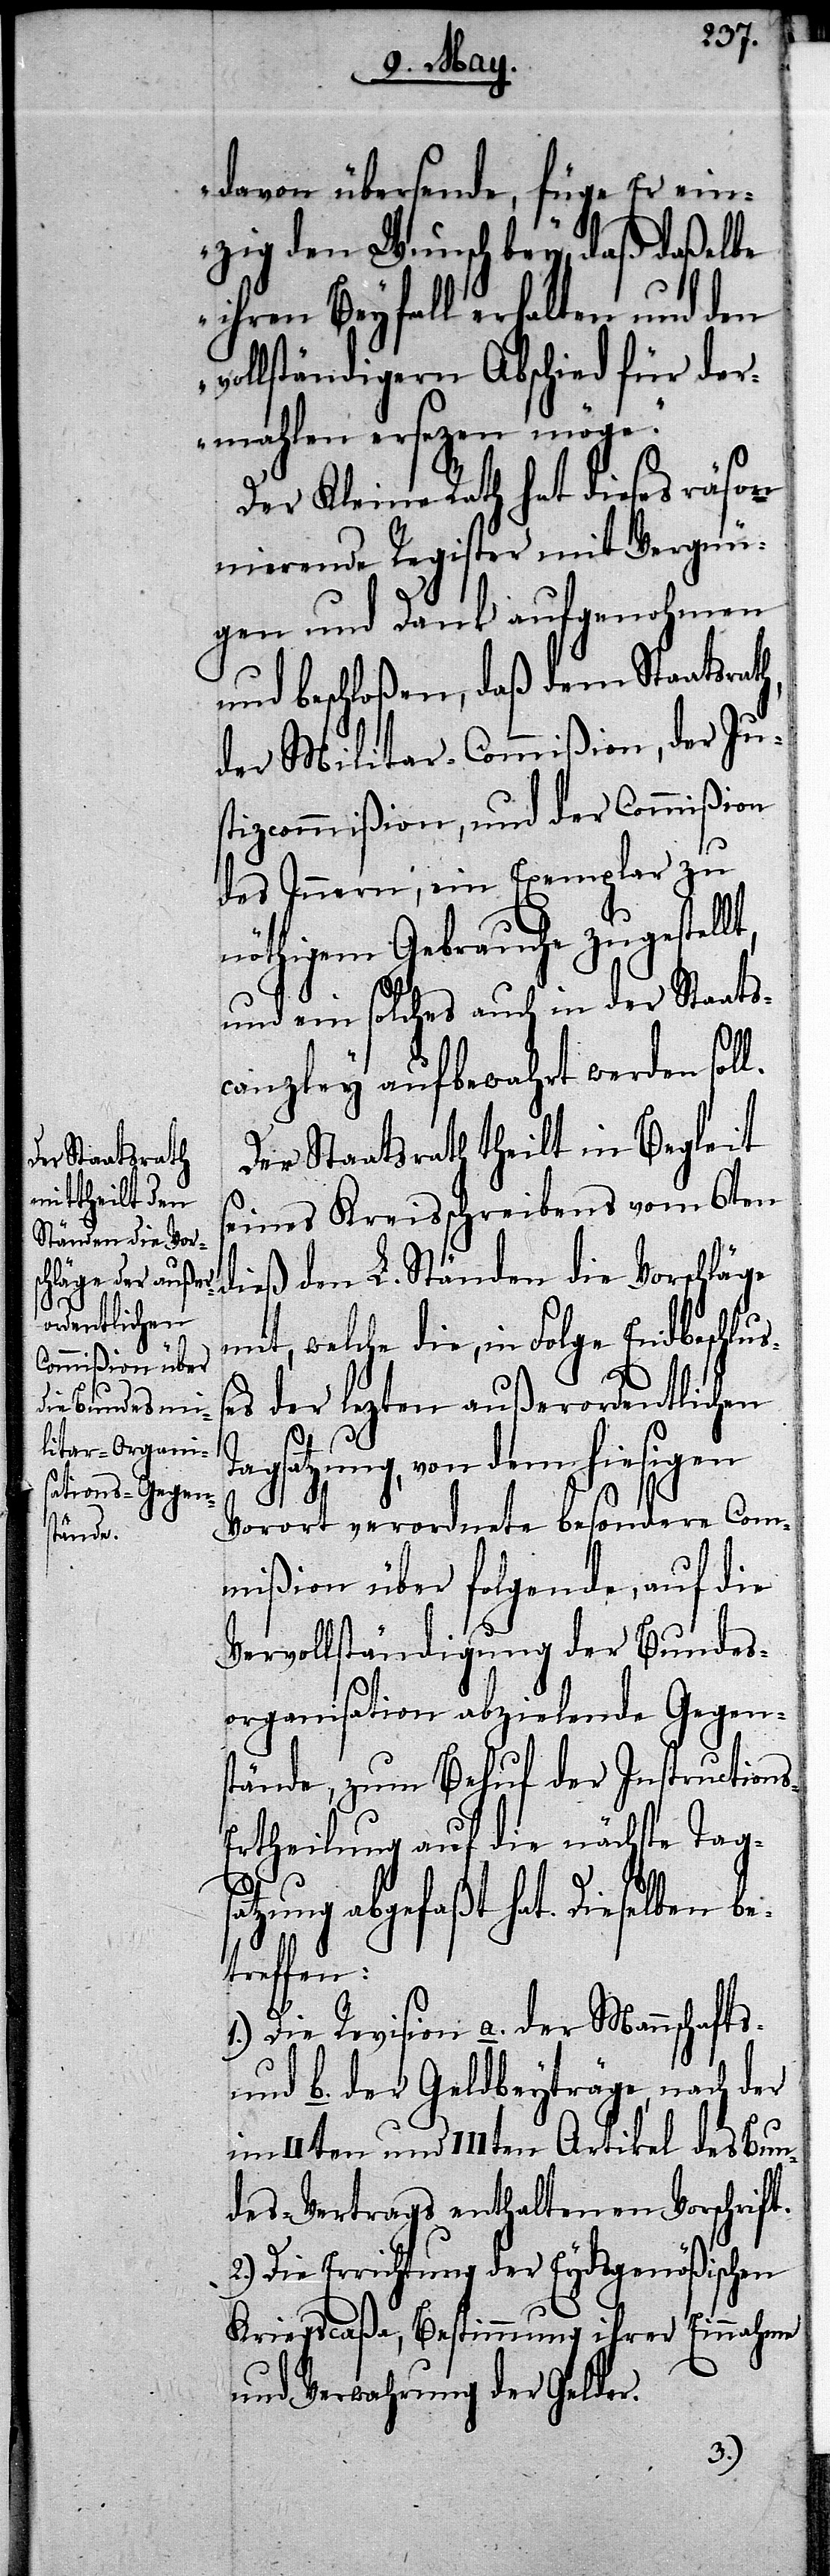
bet¬

davon übersende, füge Er ein¬
zig den Wunsch bey, daß daßelbe
ihren Beyfall erhalten und den
vollständigern Abschied für der¬
mahlen ersezen möge.“
Der Kleine Rath hat dieses räson¬
ierende Register mit Vergnü¬
gen und Dank aufgenohmen
und beschloßen, daß dem Staatsrat¬
der Militar-Commißion, der Ju¬
stizcommißion, und der Commißion
des Innern, ein Exemplar zu
nöthigem Gebrauche zugestellt,
und ein solches auch in der Staats¬
canzley aufbewahrt werden soll.
Der Staatsrath theilt in Begleit
seines Kreisschreibens vom 6ten
dieß den L. Ständen die Vorschläge
mit, welche die, in Folge Endbeschluß¬
es der lezten außerordentlichen
Tagsatzung, von dem hiesigen
h,
Vorort verordnete besondere Com¬
mißion über folgende, auf die
Vervollständigung der Bundes¬
organisation abzielende Gegen¬
stände, zum Behuf der Instruction¬
rtheilung auf die nächste Tagsa¬
tzung abgefaßt hat. Dieselben
reffen:
1.) Die Revision a. der Mannschafts-
und b. der Geldbeyträge, nach der
im IIten und IIIten Artikel des Bun¬
des-Vertrags enthaltenen Vorschrift.
Die Errichtung der Eydsgenößischen
Kriegscaßa, Bestimmung ihrer Einnahme
und Verwahrung der Gelder.
2.)